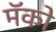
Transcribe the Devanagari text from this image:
मॅको